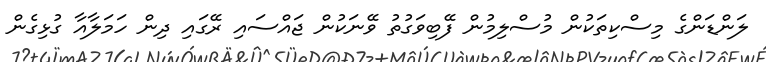
ލަންޑަންގެ މިސްކިތަކުން މުސްލިމުން ފޭބިވަގުތު ވޭނަކުން ޖައްސައި ރޭގައި ދިން ހަމަލާއާ ގުޅިގެން